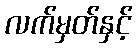
လက်မှတ်နှင့်